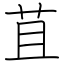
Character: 苴